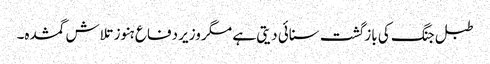
طبل جنگ کی بازگشت سنائی دیتی ہے مگر وزیر دفاع ہنوز تلاش گمشدہ۔